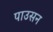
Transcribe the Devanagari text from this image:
पाउसन